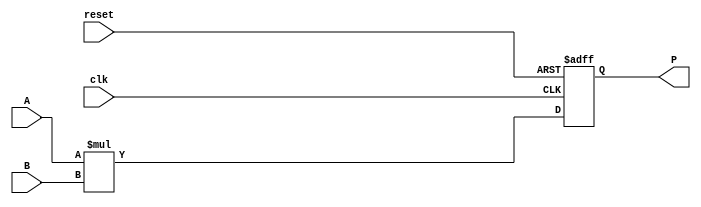
module parameterized_multiplier #(
    parameter WIDTH_A = 8,  // Bit-width of first input operand
    parameter WIDTH_B = 8,  // Bit-width of second input operand
    parameter WIDTH_P = WIDTH_A + WIDTH_B // Bit-width of product
)(
    input  wire [WIDTH_A-1:0] A,     // First operand
    input  wire [WIDTH_B-1:0] B,     // Second operand
    input  wire clk,                  // Clock
    input  wire reset,                // Reset
    output reg  [WIDTH_P-1:0] P       // Product
);

    // Internal signal for computed product
    reg [WIDTH_P-1:0] product;

    always @(posedge clk or posedge reset) begin
        if (reset) begin
            // On reset, initialize product to zero
            P <= 0;
        end else begin
            // Perform multiplication on clock edge
            product = A * B;  // Combinational multiplication
            P <= product;     // Assign computed product to output
        end
    end

endmodule